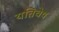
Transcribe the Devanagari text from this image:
यतिवेष